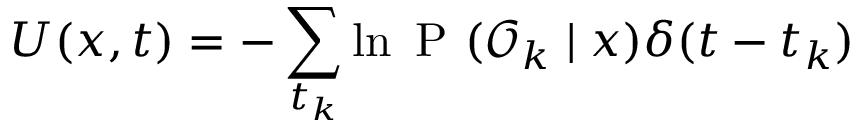
U ( x , t ) = - \sum _ { t _ { k } } \ln \mathrm { ~ P ~ } ( \mathcal { O } _ { k } \mid x ) \delta ( t - t _ { k } )